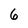
Character: 6